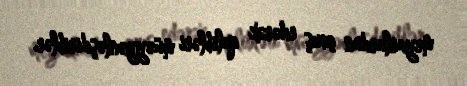
meyarlardan çıxış edərək qalibləri müəyyənləşdiriblər.